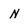
Character: N